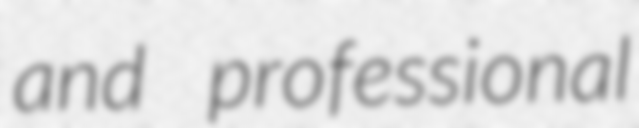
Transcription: and professional